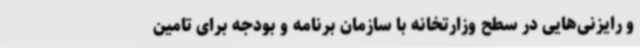
و رایزنی‌هایی در سطح وزارتخانه با سازمان برنامه و بودجه برای تامین